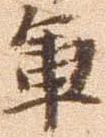
軍